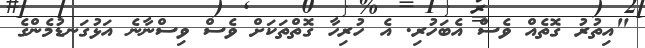
"އިތުރު ގޮތެއް ވެސް އެބަހުރި. އެ ހުރިހާ ގޮތްތަކަށް ވެސް ވިސްނާނެ އަޅުގަނޑުމެންގެ